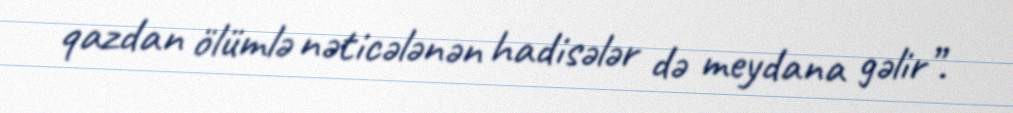
qazdan ölümlə nəticələnən hadisələr də meydana gəlir”.